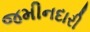
જમીનદારી